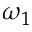
\omega _ { 1 }